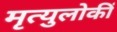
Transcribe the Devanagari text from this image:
मृत्युलोकीं